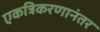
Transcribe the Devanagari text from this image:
एकत्रिकरणानंतर